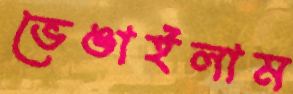
ভেঙাইলাম